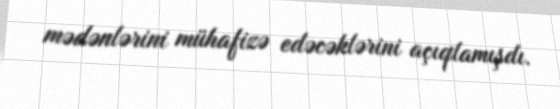
mədənlərini mühafizə edəcəklərini açıqlamışdı.